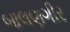
બાલણગીર